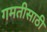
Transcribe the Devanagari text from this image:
गमतीसाठी